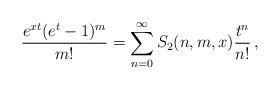
LaTeX: \begin{align*} \frac{e^{x t}(e^t-1)^m}{m!}=\sum_{n=0}^\infty S_2(n,m,x)\frac{t^n}{n!}\,, \end{align*}